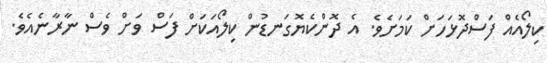
ކިލޯއެއް ފަސްދޮޅަހަށް ކަމަށެވެ. އެ ދޮންކެޔޮގަނޑުން ކިލޯއަކަށް ފަސް ވަށް ވެސް ނާރާނެއެވެ.